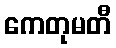
ကေတုမတီ